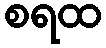
စရထ